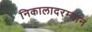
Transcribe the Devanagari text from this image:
निकालादरम्यान